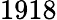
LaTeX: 1918